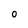
Character: O